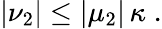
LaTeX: \left|\nu_{2}\right|\leq\left|\mu_{2}\right|\, \kappa\; .